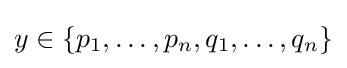
y\in \{p_{1},\dots ,p_{n},q_{1},\dots ,q_{n}\}